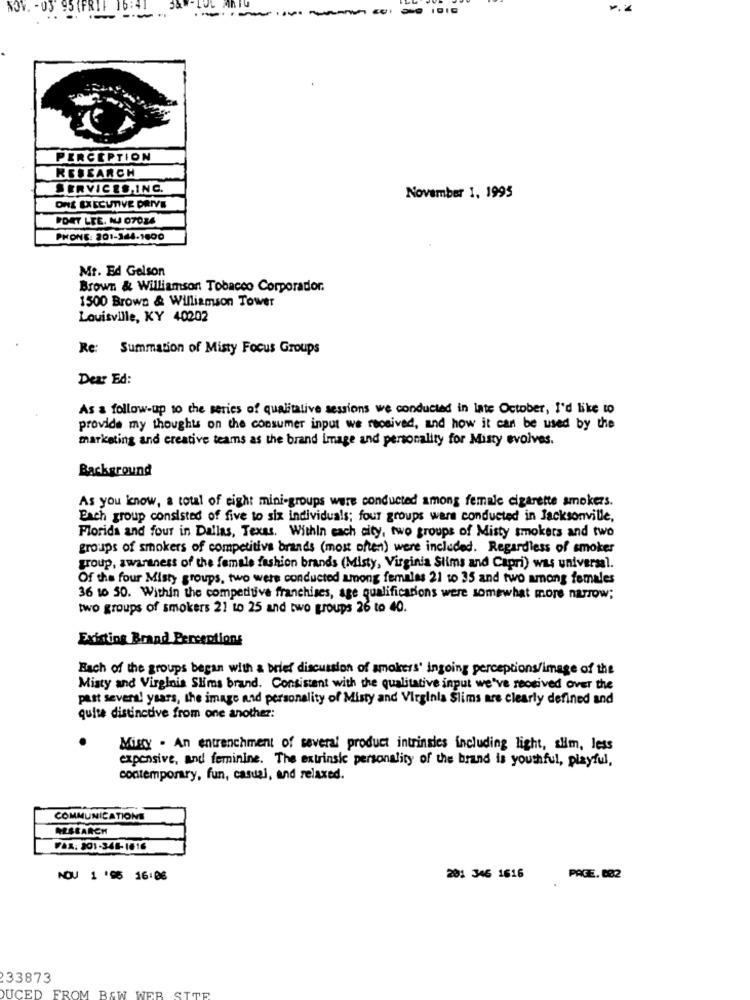
NOV. - 05 95
.-----
PERCEPTION
RESEARCH
SERVICES,INC.
November 1, 1995
ONE EXECUTIVE DRIVE
FORT LEE. NU 07084
PHONE: 201-344.1600
Mr. Ed Gelson
Brown & Williamson Tobacco Corporadior.
1500 Brown & Williamson Tower
Louisville, KY 40202
Re: Summation of Misty Focus Groups
Dear Ed:
As a follow-up 10 the series of qualitative sessions we conducted in late October, I'd like to
provide my thoughts on the consumer input we received, and how it can be used by the
marketing and creative teams as the brand image and personality for Misty evolves.
Background
As you know, a total of eight mini-groups were conducted among female cigarette smokers.
Each group consisted of five to six individuals; four groups were conducted in Jacksonville,
Florida and four in Dallas, Texas. Within each city, two groups of Misty smokers and two
groups of smokers of competitive brands (most often) were included. Regardless of smoker
group, awareness of the female fashion brands (Misty, Virginia Slims and Capri) was universal.
Of the four Misty groups, two were conducted among females 21 to 35 and two among females
36 10 50. Within the competitive franchises, age qualifications were somewhat more narrow;
two groups of smokers 21 to 25 and two groups 26 to 40.
Existing Brand Perceptions
Each of the groups began with a brief discussion of smokers' ingoing perceptions/image of the
Misty and Virginia Slims brand. Consistent with the qualitative input we've received over the
past several! ysars, the image and personality of Misty and Virginia Slims are clearly defined and
quite distinctve from one another:
Misty . An entrenchment of several product intrinsics including light, aHm, less
expensive, and feminine. The extrinsic personality of the brand is youthful, playful,
contemporary, fun, casual, and relaxed.
COMMUNICATIONS
RESEARCH
FAX: 201-348-1816
NOV 1 '95 16:06
201 346 1616
PAGE. 002
233873
DUCED
FROM BAW WER STOP